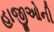
હાજીઓની